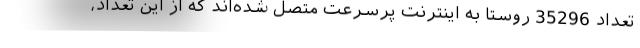
تعداد 35296 روستا به اینترنت پرسرعت متصل شده‌اند که از این تعداد،